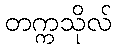
တက္ကသိုလ်